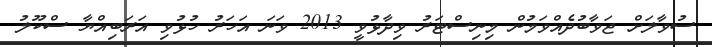
ސުވާލަށް ޖަވާބުދެއްވަމުން މިނިސްޓަރު ވިދާޅުވީ 2013 ވަނަ އަހަރު ހުޅުވި އަރަބިއްޔާ ސްކޫލު